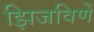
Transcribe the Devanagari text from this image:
झिजविणें